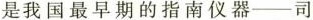
是我国最早期的指南仪器——司